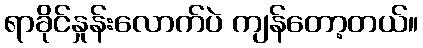
ရာခိုင်နှုန်းလောက်ပဲ ကျန်တော့တယ်။